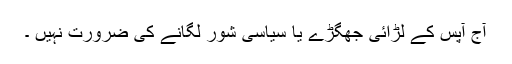
آج آپس کے لڑائی جھگڑے یا سیاسی شور لگانے کی ضرورت نہیں ۔